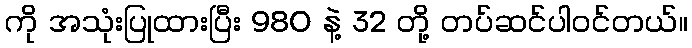
ကို အသုံးပြုထားပြီး 980 နဲ့ 32 တို့ တပ်ဆင်ပါဝင်တယ်။